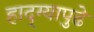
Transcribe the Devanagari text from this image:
हाद्ग्यापुढे